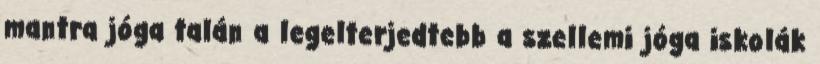
mantra jóga talán a legelterjedtebb a szellemi jóga iskolák